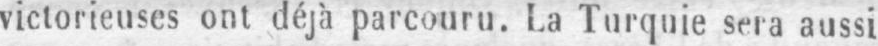
victorieuses ont déjà parcouru. La Turquie sera aussi